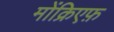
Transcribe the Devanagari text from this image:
मोंक्रिएफ़